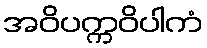
အဝိပက္ကဝိပါကံ